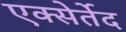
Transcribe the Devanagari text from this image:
एक्सेर्तेद